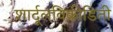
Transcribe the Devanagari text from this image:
शार्दूलविक्रीडिती